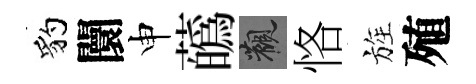
豹闤申蘤觀恪旌殖